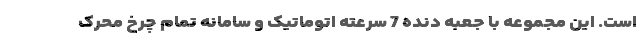
است. این مجموعه با جعبه دنده 7 سرعته اتوماتیک و سامانه تمام چرخ محرک